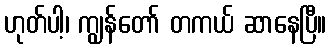
ဟုတ်ပါ့၊ ကျွန်တော် တကယ် ဆာနေပြီ။